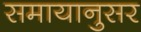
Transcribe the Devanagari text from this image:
समायानुसर